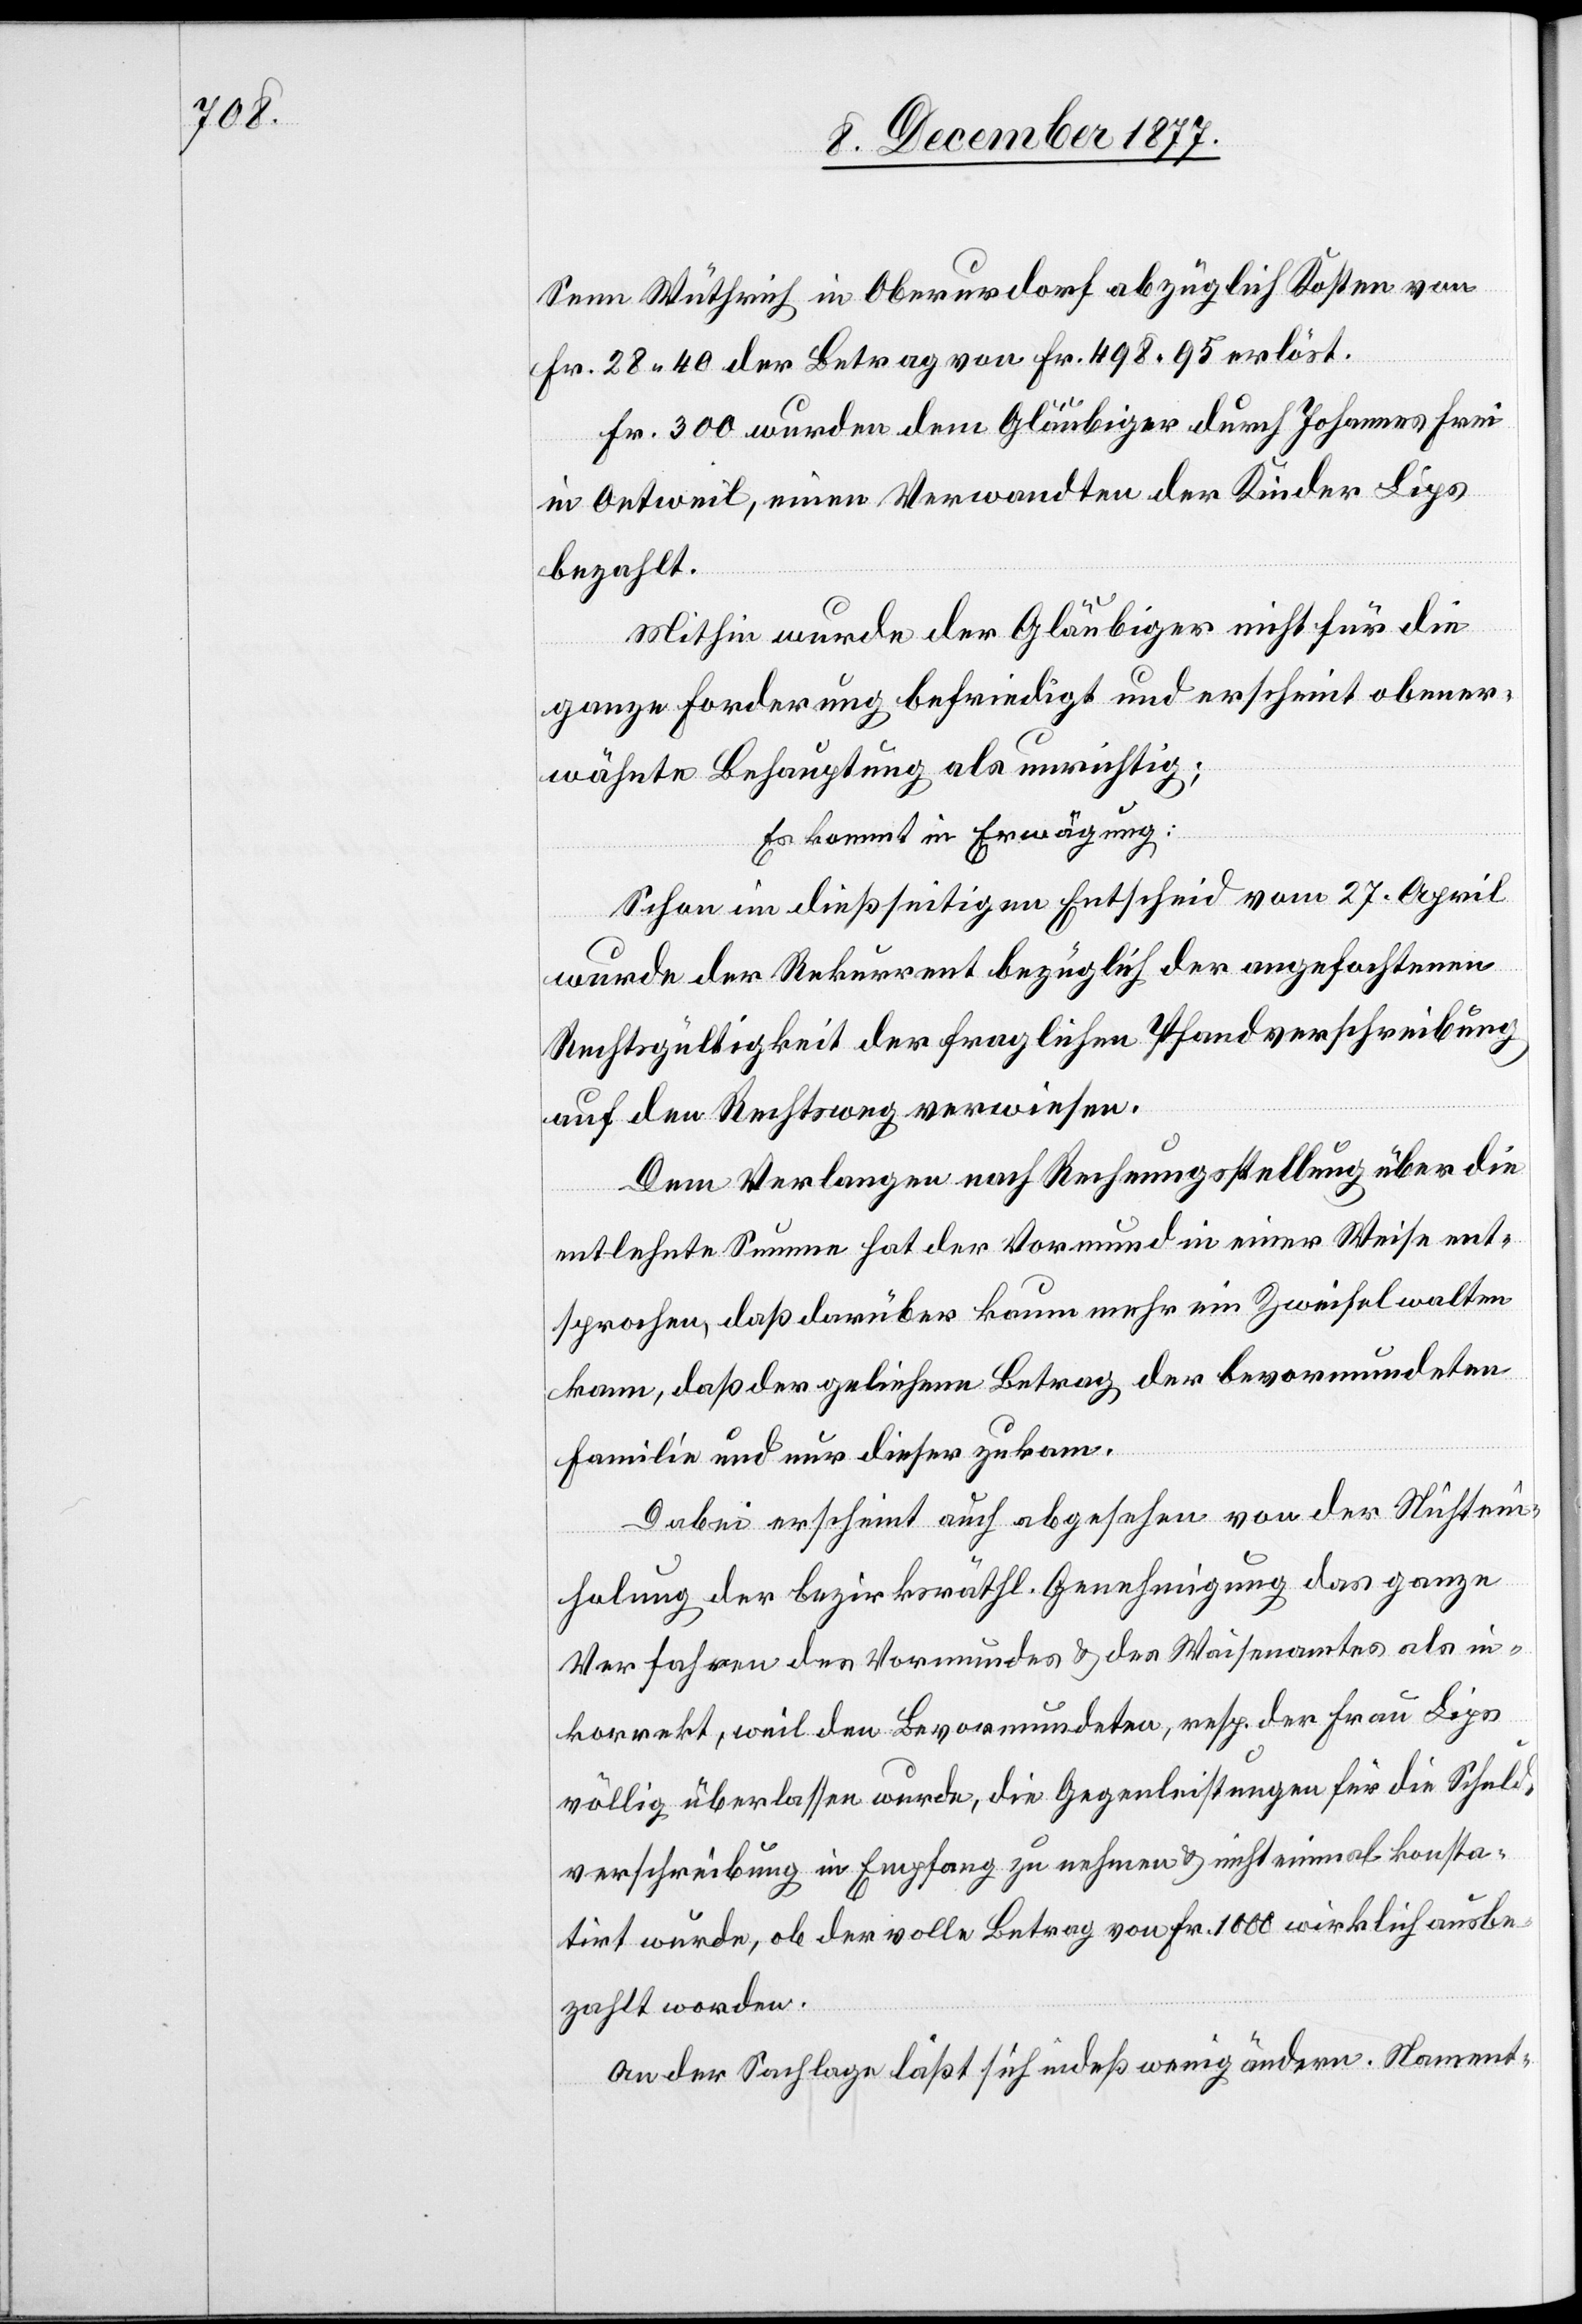
Senn Wüthrich in Oberurdorf abzüglich Kosten von
Fr. 28 40 der Betrag von Fr. 498 95 erlöst.
Fr. 300 wurden dem Gläubiger durch Johannes Frei
in Oetweil, einen Verwandten der Kinder Lips
bezahlt.
Mithin wurde der Gläubiger nicht für die
ganze Forderung befriedigt und erscheint obener¬
wähnte Behauptung als unrichtig;
Es kommt in Erwägung:
Schon im dießseitigen Entscheid vom 27. April
wurde der Rekurrent bezüglich der angefochtenen
Rechtsgültigkeit der fraglichen Pfandverschreibung
auf den Rechtsweg verwiesen.
Dem Verlangen nach Rechnungsstellung über die
entlehnte Summe hat der Vormund in einer Weise ent¬
sprochen, daß darüber kaum mehr ein Zweifel walten
kann, daß der geliehene Betrag der bevormundeten
Familie und nur dieser zukam.
Dabei erscheint auch abgesehen von der Nichtein¬
holung der bezirksräthl. Genehmigung das ganze
Verfahren des Vormundes & des Waisenamtes als in¬
korrekt, weil den Bevormundeten, resp. der Frau Lips
völlig überlassen wurde, die Gegenleistungen für die Schuld¬
verschreibung in Empfang zu nehmen & nicht einmal konsta¬
tirt wurde, ob der volle Betrag von Fr. 1000 wirklich ausbe¬
zahlt worden.
An der Sachlage läßt sich indeß wenig ändern. Nament-